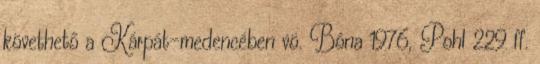
követhető a Kárpát-medencében vö. Bóna 1976, Pohl 229 ff.